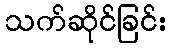
သက်ဆိုင်ခြင်း